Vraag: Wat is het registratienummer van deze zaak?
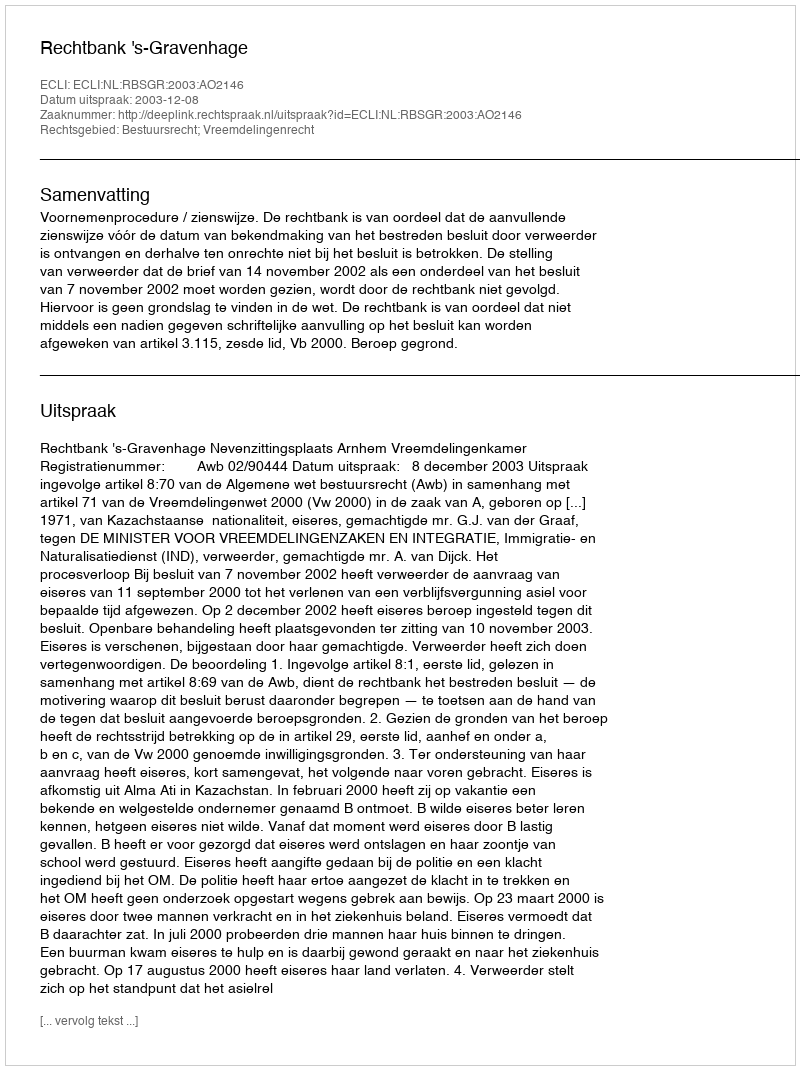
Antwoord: http://deeplink.rechtspraak.nl/uitspraak?id=ECLI:NL:RBSGR:2003:AO2146